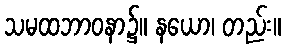
သမထဘာဝနာ၌။ နယော၊ တည်း။